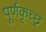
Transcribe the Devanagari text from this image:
पूर्णकृच्छ्र